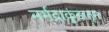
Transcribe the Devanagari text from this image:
नर्मदाकुंडातून